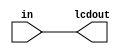
module arduino(in,lcdout);
input [3:0]in;
output [3:0]lcdout;
assign lcdout=in;
endmodule